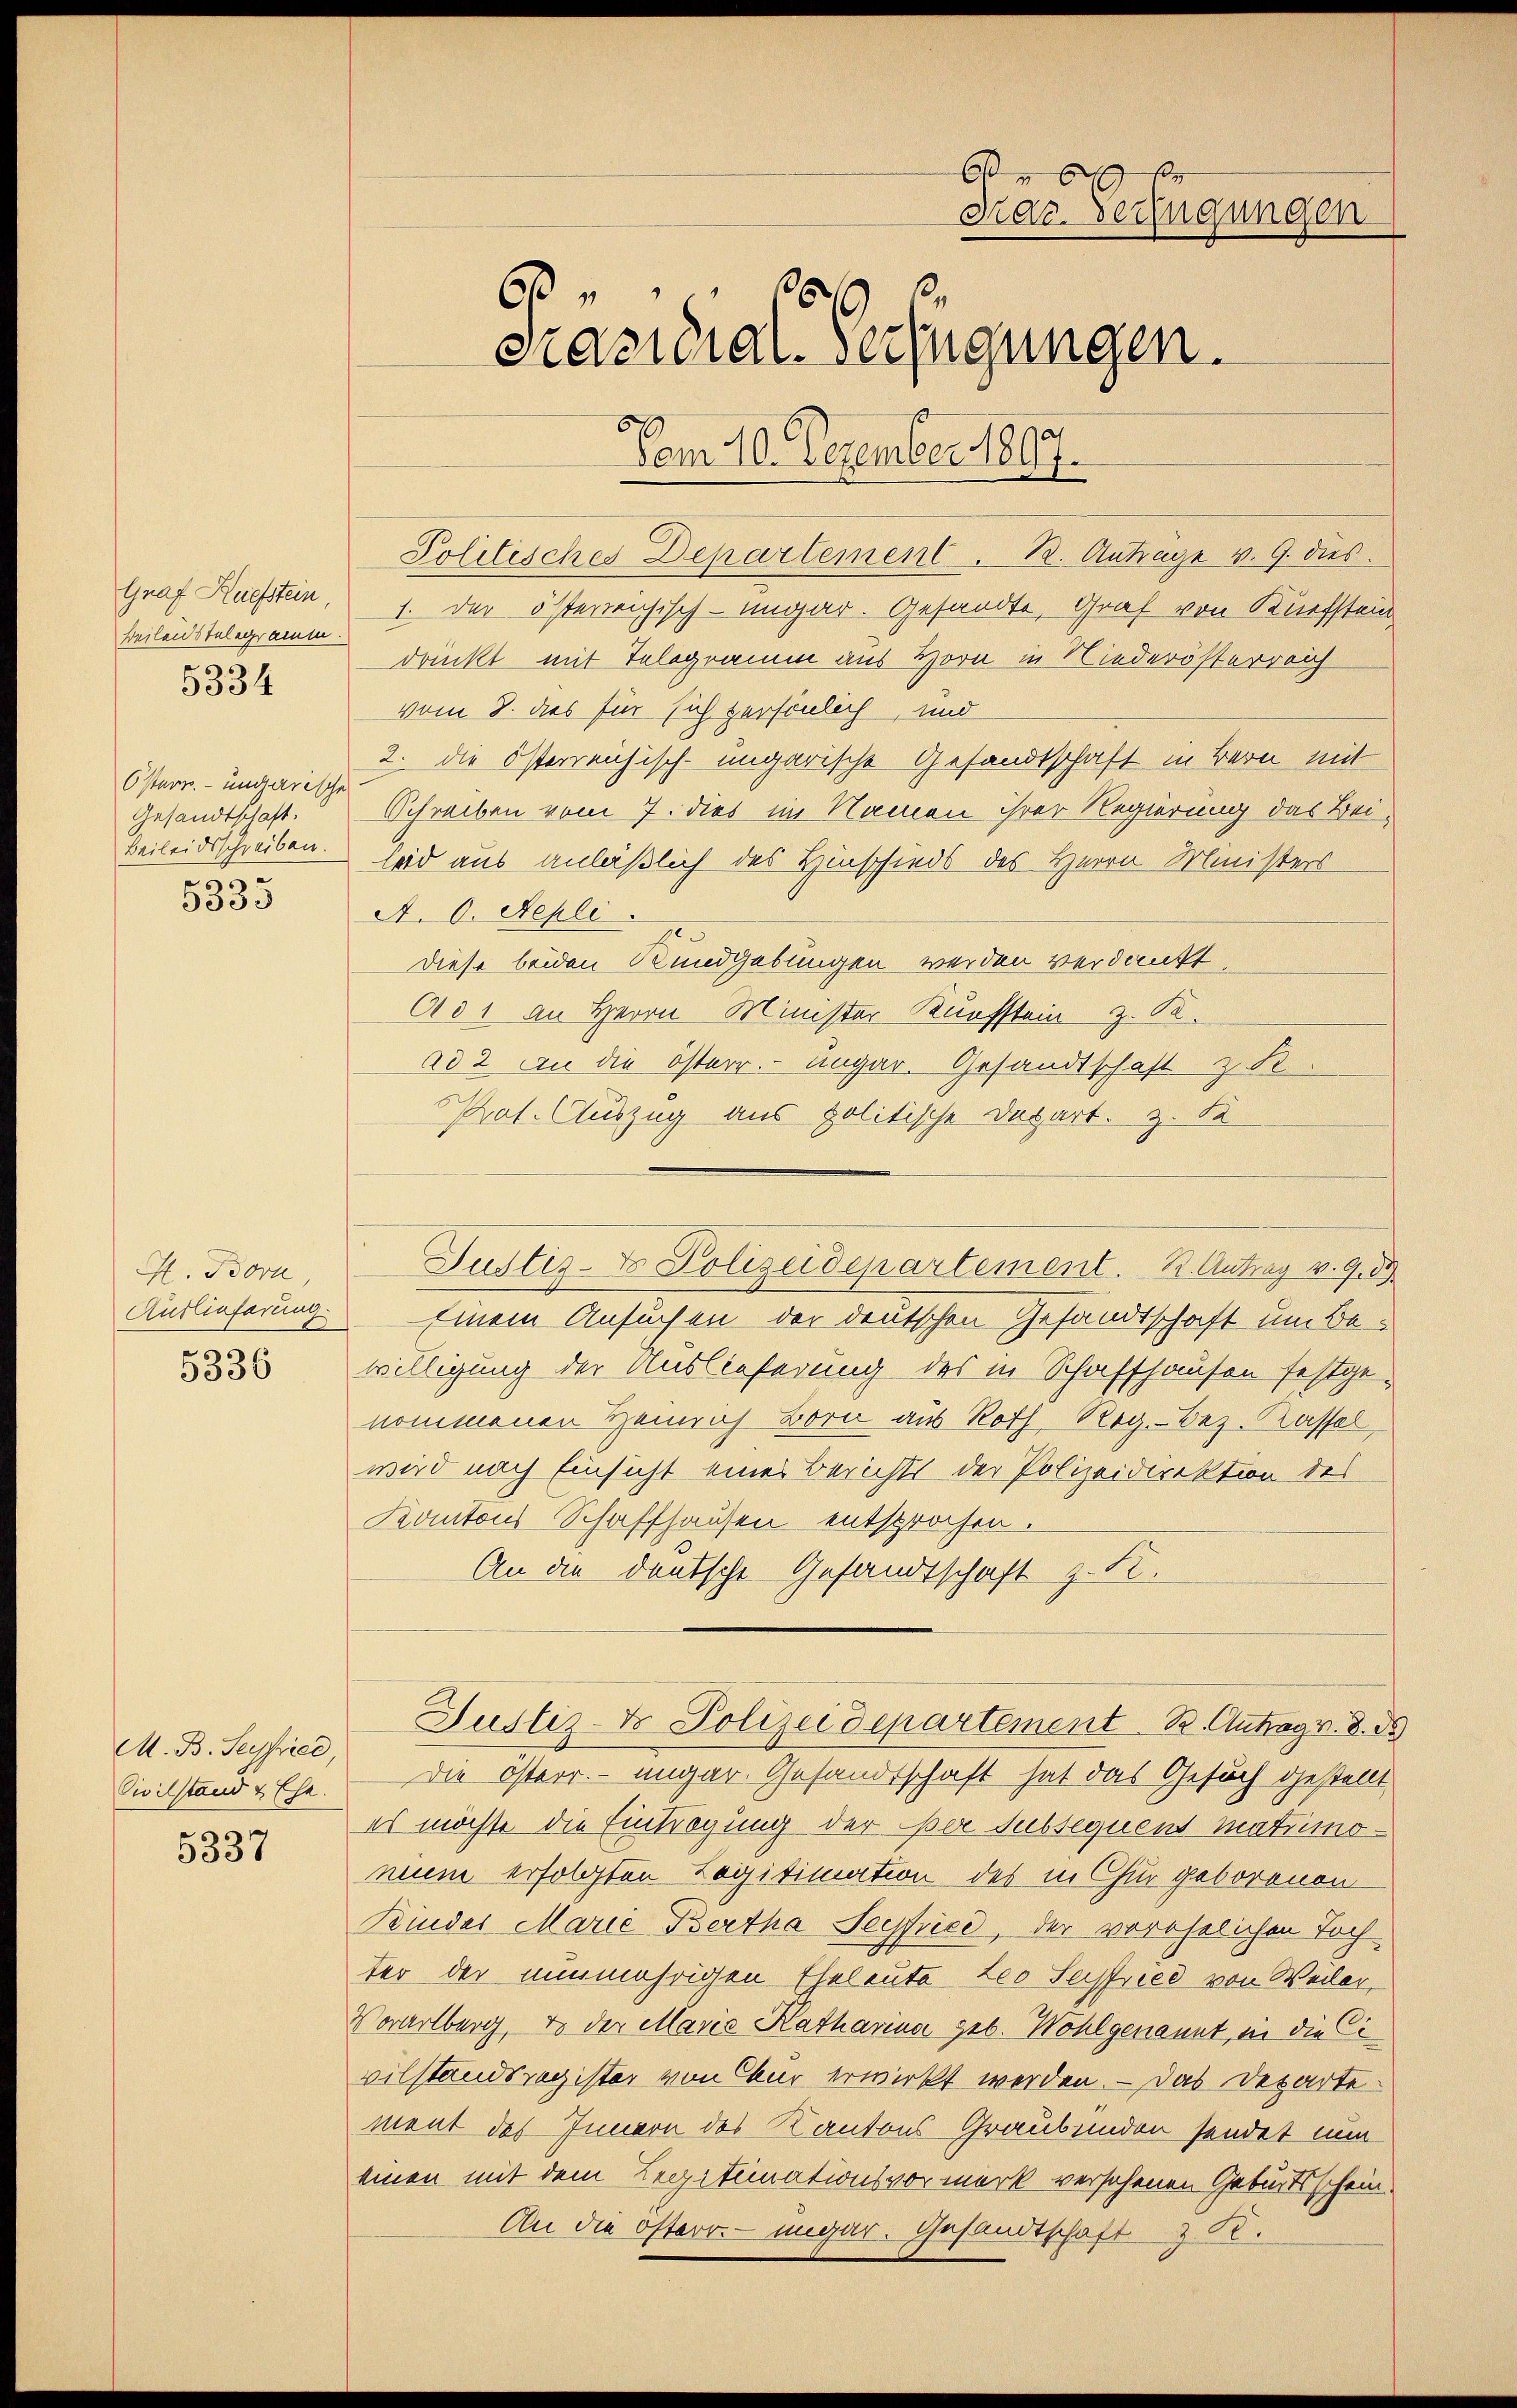
Graf Ruefstein,
Beilendstelegramm.
5334

Österr. undarische
Gesandtschaft.
Beileidsschreiben.
a

3335

H. Born
Auslieferung.
5336

M. B. Seyfried
Civilstand & Ehe.

5337

A
Kraz-Verfügungen
8
Präsidial-Verfügungen.

Vom 10. Dezember 1800.
Politisches Departement. B. Antrage v. 9. dies
1. der österreichisch-ungar. Gesandte, Graf von Küefstein
druckt mit Telegramm aus Horn in Niederösterreich
vom 8. dies für sich persönlich, und
2. die österreichisch-ungarische Gesandtschaft in Bern mit
Schreiben vom 7. dies im Namen ihrer Regierung das Bei-
leid aus anläßlich des Hinschieds des Herrn Ministers
A. O. Repli.
diese beiden Rundgebungen werden verdankt.
031 an Herrn Minister Kufstein z. B.
ad 2 an die österr. ungar. Gesandtschaft z. S.
Prot. Auszug aus politische Depart. z. K
Justiz- & Polizeidepartement. B. Antrag v. 9.89
Einem Ansuchen der deutschen Gesandtschaft um Be-
willigung der Auslieferung des in Schaffhausen festgenommenen Heinrich Born aus Roth Reg.-Bez. Kassel
wird nach Einsicht eines Berichts der Polizeidirektion des
Kantons Schaffhausen entsprochen.
An die deutsche Gesandtschaft z. St.
Justiz- & Polizeidepartement. B. Antrag v. 8. d.
Die Österr. ungar. Gesandtschaft hat das Gesuch gestellt
es möchte die Eintragung der per Subsequent matumonium erfolgten Legitimation des in Chur geborenen
Kinder Marie Bertha Seyfried, der vorehelichen Toch
ter der nunmehrigen Eheleute Leo Sefried von Weiler,
Vorarlberg, & der Maria Katharina geb. Wohlgenannt, in die Civilstandsregister von Chur erwirkt werden. – Das Departement des Innern des Kantons Graubünden sendet nun
einen mit dem Legitimationsvormerk versehenen Geburtsschein-
An die österr. ungar. Gesandtschaft & St.